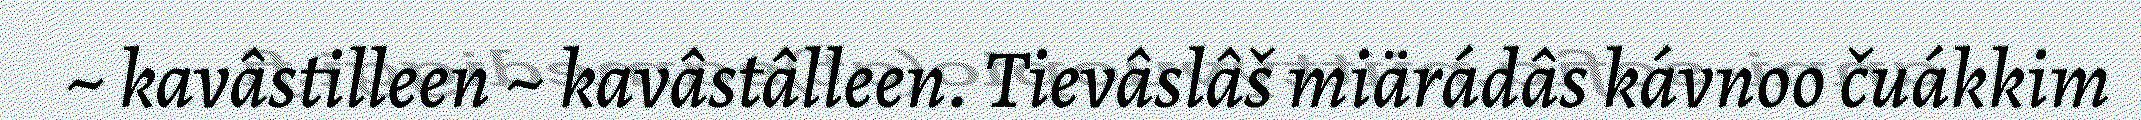
~ kavâstilleen ~ kavâstâlleen. Tievâslâš miärádâs kávnoo čuákkim